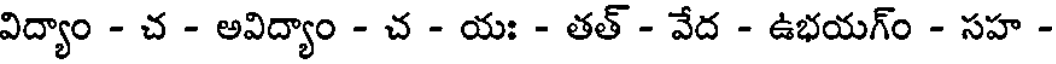
విద్యాం - చ - అవిద్యాం - చ - యః - తత్ - వేద - ఉభయగ్ం - సహ -